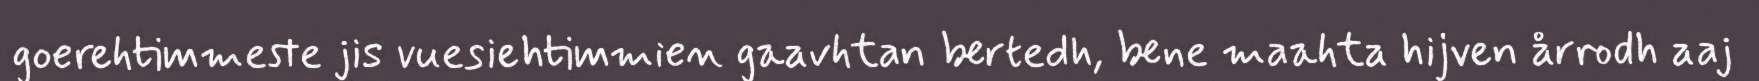
goerehtimmeste jis vuesiehtimmien gaavhtan bertedh, bene maahta hijven årrodh aaj